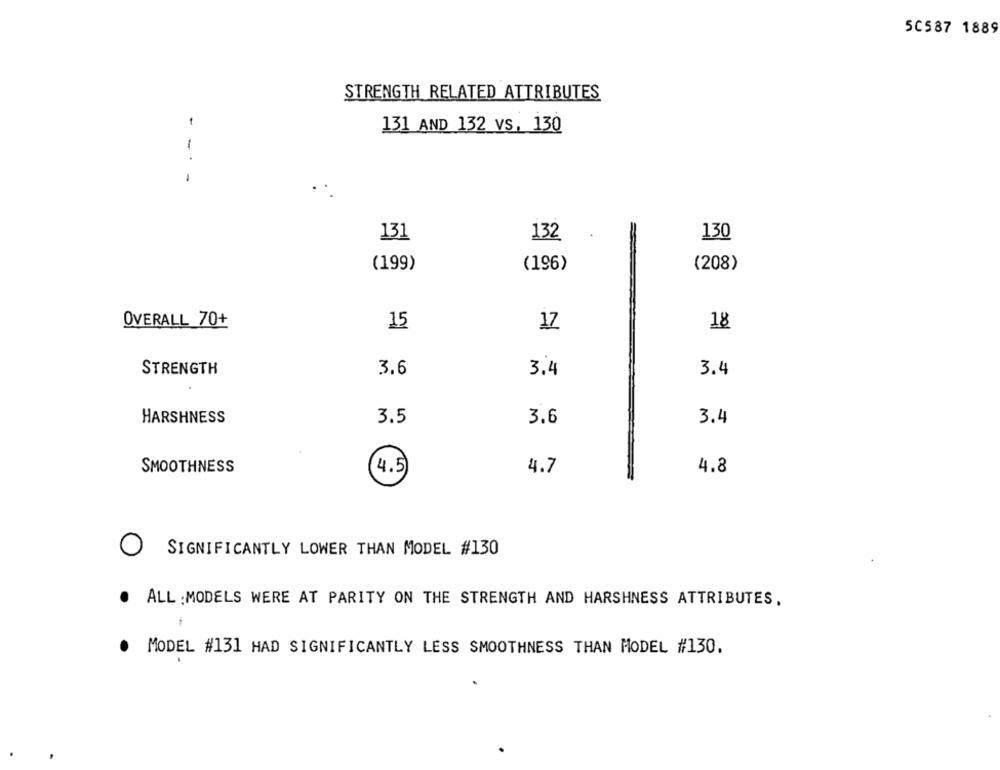
50587 1889
STRENGTH RELATED ATTRIBUTES
131 AND 132 vs. 130
-
131
132
130
(199)
(196)
(208)
OVERALL 70+
15
18
17
3.6
STRENGTH
3.4
3.4
HARSHNESS
3.5
3.6
3.4
SMOOTHNESS
(4.5)
4.7
4.8
SIGNIFICANTLY LOWER THAN MODEL #130
. ALL : MODELS WERE AT PARITY ON THE STRENGTH AND HARSHNESS ATTRIBUTES.
. MODEL #131 HAD SIGNIFICANTLY LESS SMOOTHNESS THAN MODEL #130.